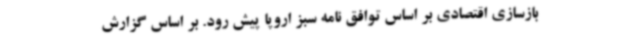
بازسازی اقتصادی بر اساس توافق نامه سبز اروپا پیش رود. بر اساس گزارش